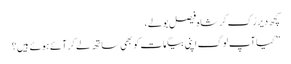
کچھ دیر رُک کر شاہ فیصل بولے،
” کیا آپ لوگ اپنی بیگمات کو بھی ساتھ لے کر آئے ہوئے ہیں؟